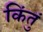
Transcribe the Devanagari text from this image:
किंतुं